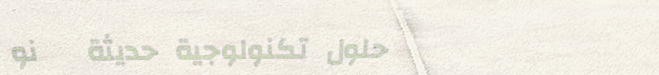
حلول تكنولوجية حديثة   نو